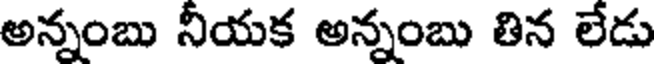
అన్నంబు నీయక అన్నంబు తిన లేడు